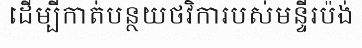
ដើម្បីកាត់បន្ថយថវិការបស់មន្ទីរប៉ង់